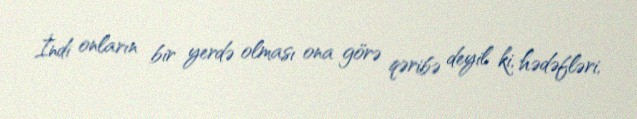
İndi onların bir yerdə olması ona görə qəribə deyil ki, hədəfləri,